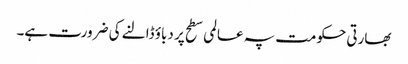
بھارتی حکومت پہ عالمی سطح پر دباؤ ڈالنے کی ضرورت ہے۔